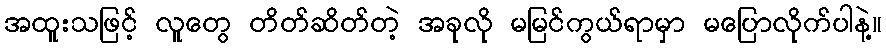
အထူးသဖြင့် လူတွေ တိတ်ဆိတ်တဲ့ အခုလို မမြင်ကွယ်ရာမှာ မပြောလိုက်ပါနဲ့။